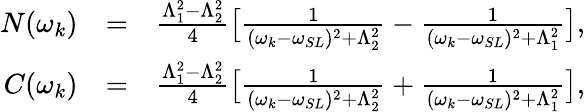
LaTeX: \begin{array}{rlr}{N(\omega_{k})}&{=}&{\frac{\Lambda_{1}^{2}-\Lambda_{2}^{2}}{4}\big[\frac{1}{(\omega_{k}-\omega_{SL})^{2}+\Lambda_{2}^{2}}-\frac{1}{(\omega_{k}-\omega_{SL})^{2}+\Lambda_{1}^{2}}\big],}\\ {C(\omega_{k})}&{=}&{\frac{\Lambda_{1}^{2}-\Lambda_{2}^{2}}{4}\big[\frac{1}{(\omega_{k}-\omega_{SL})^{2}+\Lambda_{2}^{2}}+\frac{1}{(\omega_{k}-\omega_{SL})^{2}+\Lambda_{1}^{2}}\big],}\end{array}